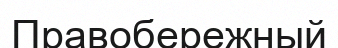
Правобережный